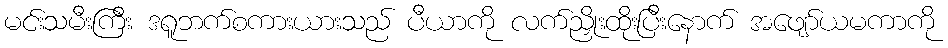
မင်းသမီးကြီး ဒရူဘက်စကားယားသည် ပီယာကို လက်ညှိုးထိုးပြီးနောက် အဖျော်ယမကာကို